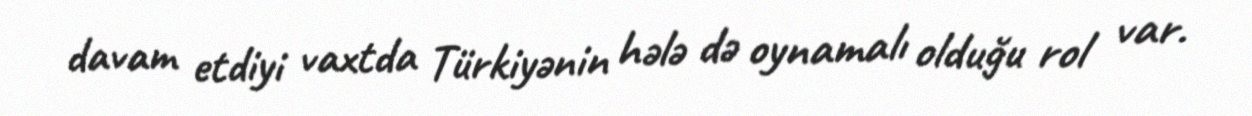
davam etdiyi vaxtda Türkiyənin hələ də oynamalı olduğu rol var.